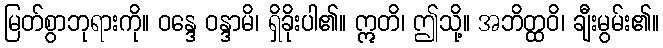
မြတ်စွာဘုရားကို။ ဝန္ဒေ ဝန္ဒာမိ၊ ရှိခိုးပါ၏။ ဣတိ၊ ဤသို့။ အဘိတ္ထဝိ၊ ချီးမွမ်း၏။